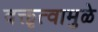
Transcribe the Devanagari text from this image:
वक्तृत्वामुळे